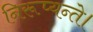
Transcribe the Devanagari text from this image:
निरूप्यन्ते।